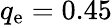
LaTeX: q_{\mathrm{e}}=0.45